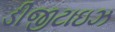
ડીજીટાઇઝ